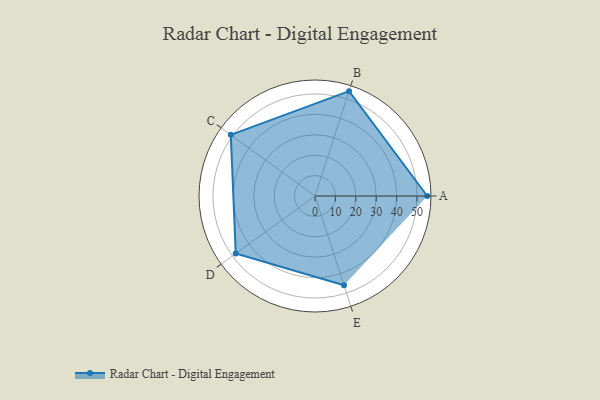
{"axis": {"x": "Skill", "y": "Score"}, "legend": ["Profile"], "data": [{"x": "A", "y": 55.0, "type": "Profile"}, {"x": "B", "y": 54.0, "type": "Profile"}, {"x": "C", "y": 51.0, "type": "Profile"}, {"x": "D", "y": 48.0, "type": "Profile"}, {"x": "E", "y": 46.0, "type": "Profile"}]}